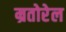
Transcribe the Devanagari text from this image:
म्रतोरेल